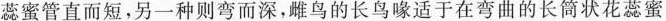
蕊蜜管直而短，另一种则弯而深，雌鸟的长鸟喙适于在弯曲的长筒状花蕊蜜